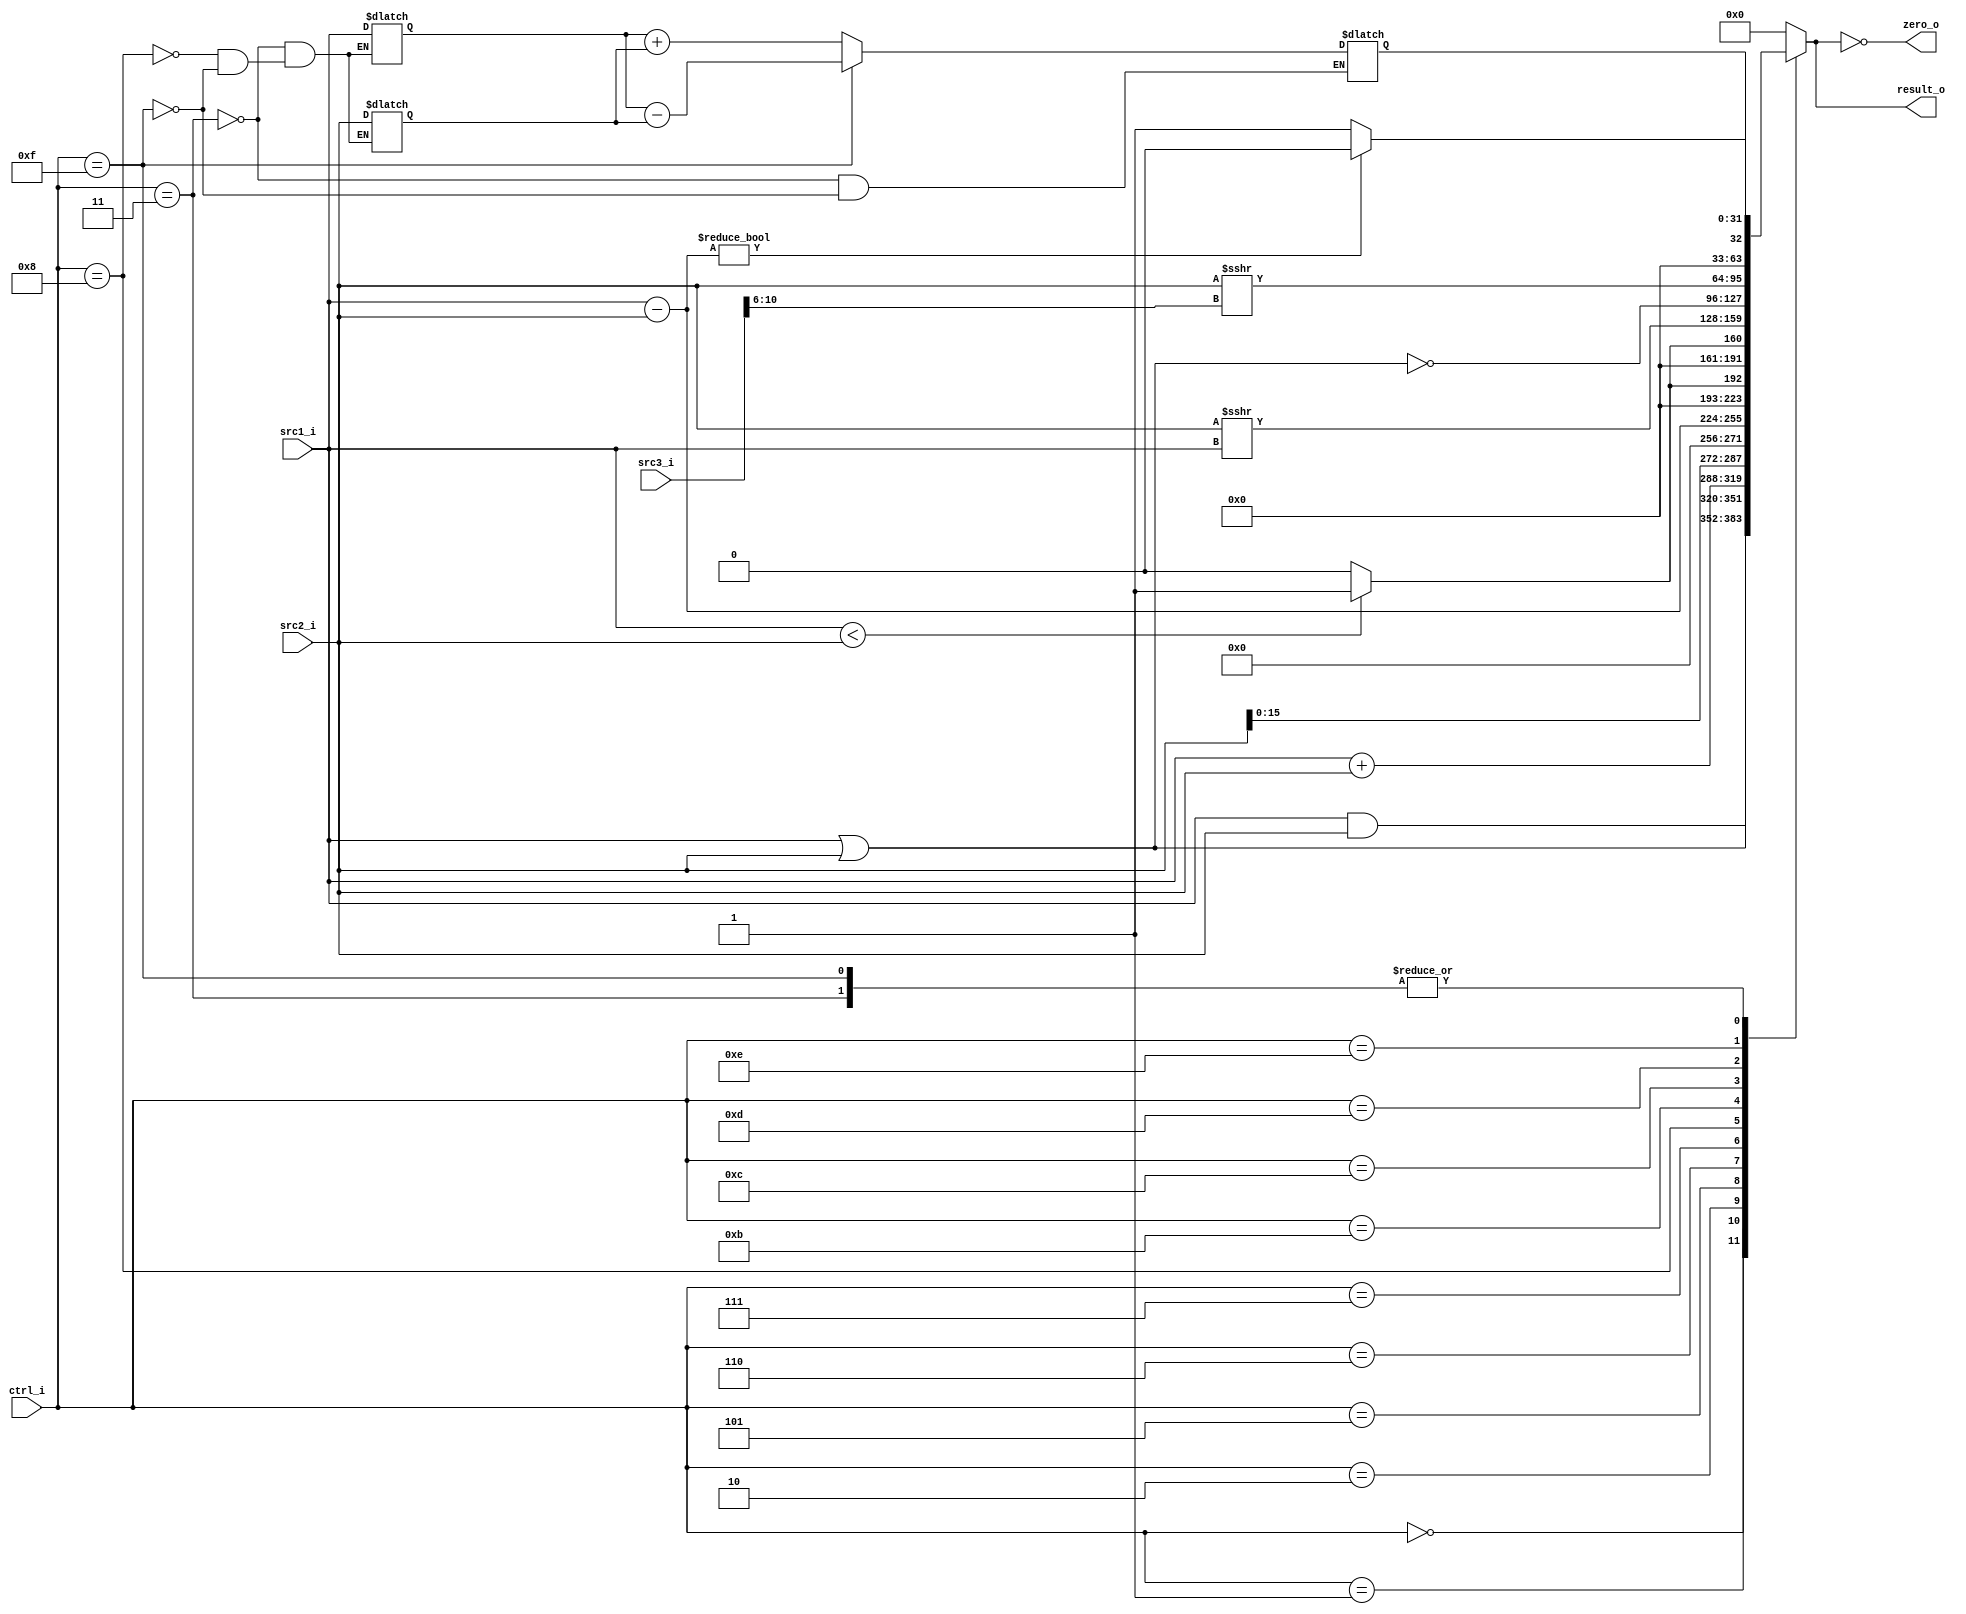
//Subject:     CO project 2 - ALU
//--------------------------------------------------------------------------------
//Version:     1
//--------------------------------------------------------------------------------
//Writer:      
//----------------------------------------------
//Date:        
//----------------------------------------------
//Description: 
//--------------------------------------------------------------------------------

module ALU(
    src1_i,
	src2_i,
	src3_i,
	ctrl_i,
	result_o,
	zero_o
	);
     
//I/O ports
input  [32-1:0]  src1_i;
input  [32-1:0]  src2_i;
input  [16-1:0]  src3_i;
input  [4-1:0]   ctrl_i;

output [32-1:0]	 result_o;
output           zero_o;

//Internal signals
reg    [32-1:0]  result_o;
wire             zero_o;
reg		[32:0] input1;
reg 		[32:0] input2;
reg      [32:0] temp;
//Parameter
assign zero_o = (result_o==0);
//Main function
always @(*) begin
    case(ctrl_i)
        0:result_o <= src1_i&src2_i;//and
        1:begin result_o <= src1_i|src2_i;//or and ORI
		  $display("r10=%b",result_o);
		  end
        2:begin result_o <= src1_i+src2_i;//add
		  end
		  3:begin							//addu
				input1<={1'b0,src1_i};
				input2<={1'b0,src2_i};
				temp <=(input1+input2);
				result_o<=temp[31:0];
			end
		  5:begin
			   result_o<=src2_i<<16; //LUI
		  end
        6:result_o <= src1_i-src2_i;//sub
        7:result_o <= src1_i<src2_i ? 1:0;//SLT
		  4'b1000:begin  //sltiu
				input1={1'b0,src1_i};
				input2={1'b0,src2_i};
				result_o <= input1<input2 ? 1:0;
				end
		  11:begin //srav
				result_o <= $signed(src2_i)>>>src1_i;
		  end
        12:result_o <=~(src1_i|src2_i); // nor
		  13:result_o <=  $signed(src2_i)>>>src3_i[10:6];//sra
		  14:begin
					if((src1_i-src2_i)!=0) result_o<=32'b0;
					else result_o<=32'b1;
			  end
		  15:begin
		  		input1<={1'b0,src1_i};
				input2<={1'b0,src2_i};
				temp <=(input1-input2);
				result_o<=temp[31:0];
				end
        default:result_o <= 0;
    endcase
end
endmodule